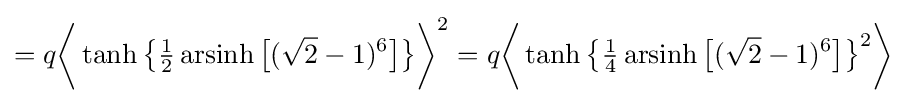
=q{\biggl \langle }\operatorname {tanh} {\bigl \{}{\tfrac {1}{2}}\operatorname {arsinh} {\bigl [}({\sqrt {2}}-1)^{6}{\bigr ]}{\bigr \}}{\biggr \rangle }^{2}=q{\biggl \langle }\operatorname {tanh} {\bigl \{}{\tfrac {1}{4}}\operatorname {arsinh} {\bigl [}({\sqrt {2}}-1)^{6}{\bigr ]}{\bigr \}}^{2}{\biggr \rangle }